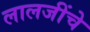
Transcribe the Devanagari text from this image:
लालजींचे